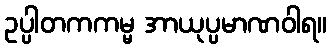
ဥပ္ပါတကကမ္မ အာယုပ္ပမာဏဝါရ။